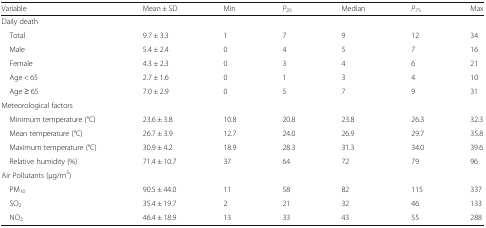
<table><thead><tr><td><b>Variable</b></td><td><b>Mean ± SD</b></td><td><b>Min</b></td><td><b><i>P</i><sub>25</sub></b></td><td><b>Median</b></td><td><b><i>P</i><sub>75</sub></b></td><td><b>Max</b></td></tr></thead><tbody><tr><td>Daily death</td><td></td><td></td><td></td><td></td><td></td><td></td></tr><tr><td> Total</td><td>9.7 ± 3.3</td><td>1</td><td>7</td><td>9</td><td>12</td><td>34</td></tr><tr><td> Male</td><td>5.4 ± 2.4</td><td>0</td><td>4</td><td>5</td><td>7</td><td>16</td></tr><tr><td> Female</td><td>4.3 ± 2.3</td><td>0</td><td>3</td><td>4</td><td>6</td><td>21</td></tr><tr><td> Age &lt; 65</td><td>2.7 ± 1.6</td><td>0</td><td>1</td><td>3</td><td>4</td><td>10</td></tr><tr><td> Age ≥ 65</td><td>7.0 ± 2.9</td><td>0</td><td>5</td><td>7</td><td>9</td><td>31</td></tr><tr><td>Meteorological factors</td><td></td><td></td><td></td><td></td><td></td><td></td></tr><tr><td> Minimum temperature (°C)</td><td>23.6 ± 3.8</td><td>10.8</td><td>20.8</td><td>23.8</td><td>26.3</td><td>32.3</td></tr><tr><td> Mean temperature (°C)</td><td>26.7 ± 3.9</td><td>12.7</td><td>24.0</td><td>26.9</td><td>29.7</td><td>35.8</td></tr><tr><td> Maximum temperature (°C)</td><td>30.9 ± 4.2</td><td>18.9</td><td>28.3</td><td>31.3</td><td>34.0</td><td>39.6</td></tr><tr><td> Relative humidity (%)</td><td>71.4 ± 10.7</td><td>37</td><td>64</td><td>72</td><td>79</td><td>96</td></tr><tr><td>Air Pollutants (μg/m<sup>3</sup>)</td><td></td><td></td><td></td><td></td><td></td><td></td></tr><tr><td> PM<sub>10</sub></td><td>90.5 ± 44.0</td><td>11</td><td>58</td><td>82</td><td>115</td><td>337</td></tr><tr><td> SO<sub>2</sub></td><td>35.4 ± 19.7</td><td>2</td><td>21</td><td>32</td><td>46</td><td>133</td></tr><tr><td> NO<sub>2</sub></td><td>46.4 ± 18.9</td><td>13</td><td>33</td><td>43</td><td>55</td><td>288</td></tr></tbody></table>